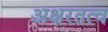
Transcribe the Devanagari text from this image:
अक्षरतत्व